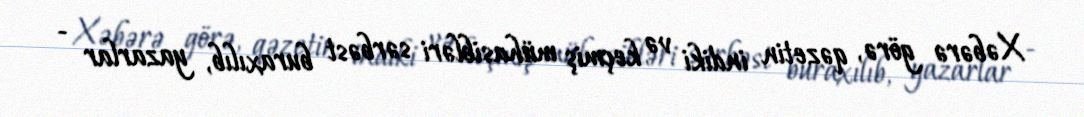
Xəbərə görə, qəzetin indiki və keçmiş mühasibləri sərbəst buraxılıb, yazarlar -